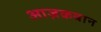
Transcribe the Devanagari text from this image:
आज़कबान